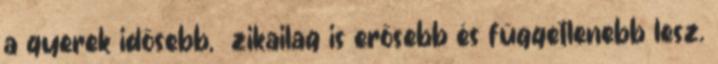
a gyerek idősebb, ﬁzikailag is erősebb és függetlenebb lesz.